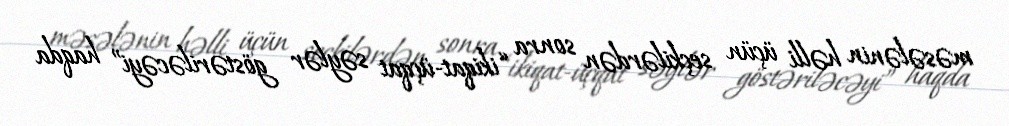
məsələnin həlli üçün seçkilərdən sonra “ikiqat-üçqat səylər göstəriləcəyi” haqda